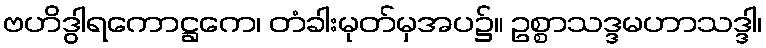
ဗဟိဒွါရကောဋ္ဌကေ၊ တံခါးမုတ်မှအပ၌။ ဥစ္စာသဒ္ဒမဟာသဒ္ဒါ၊